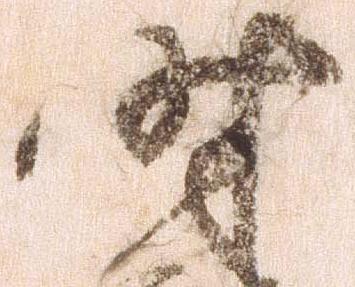
時